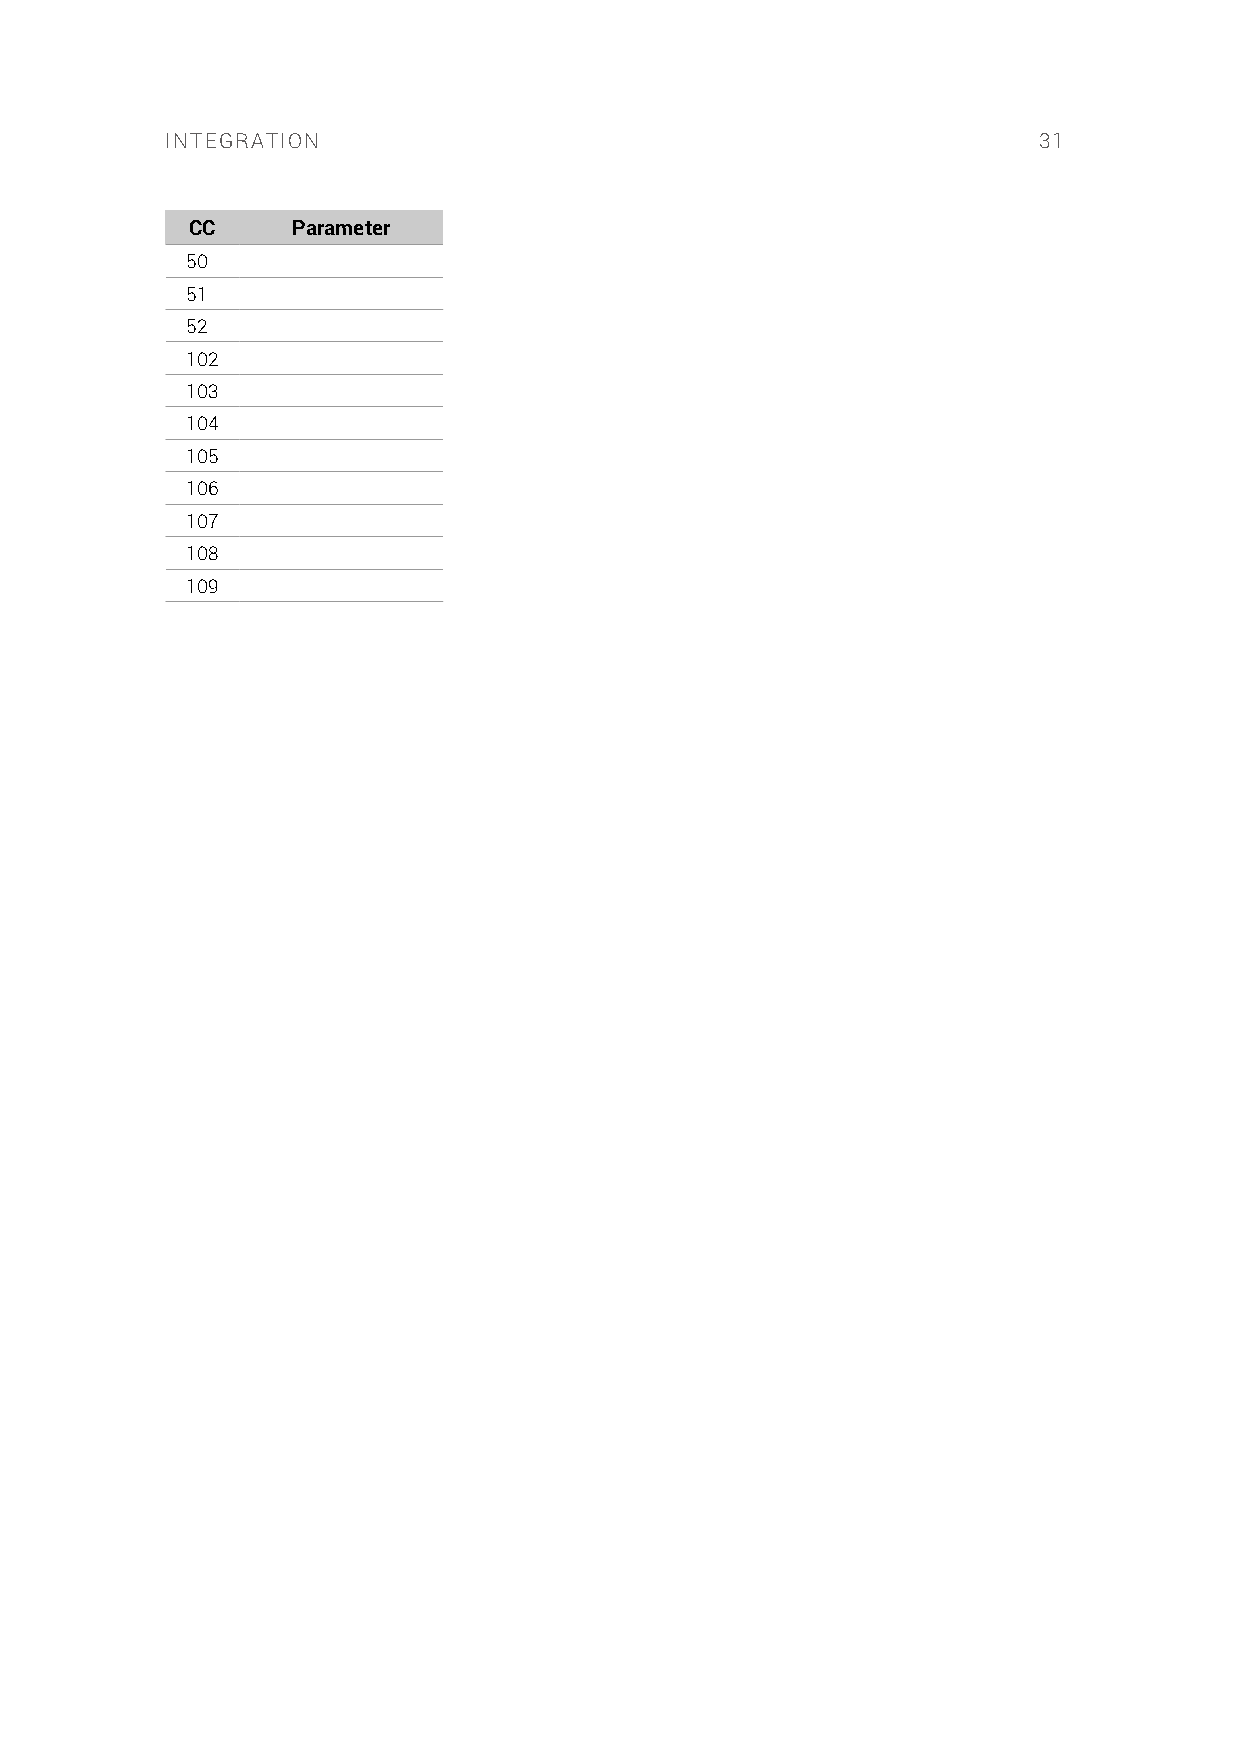
INTEGRATION                                               31
 CC    Parameter
 50
 51
 52
 102
 103
 104
 105
 106
 107
 108
 109